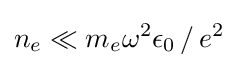
n_{e}\ll m_{e}\omega ^{2}\epsilon _{0}\,/\,e^{2}